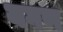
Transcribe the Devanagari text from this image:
यगण